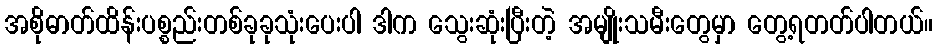
အစိုဓာတ်ထိန်းပစ္စည်းတစ်ခုခုသုံးပေးပါ ဒါက သွေးဆုံးပြီးတဲ့ အမျိုးသမီးတွေမှာ တွေ့ရတတ်ပါတယ်။